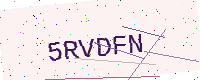
Text: 5RVDFN